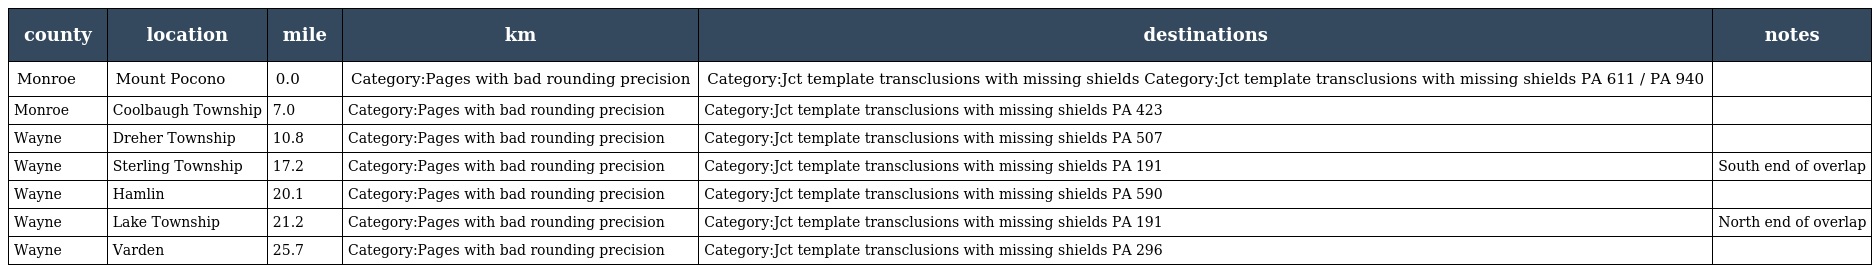
| county | location | mile | km | destinations | notes |
 | --- | --- | --- | --- | --- | --- |
 | Monroe | Mount Pocono | 0.0 | Category:Pages with bad rounding precision | Category:Jct template transclusions with missing shields Category:Jct template transclusions with missing shields PA 611 / PA 940 |  |
 | Monroe | Coolbaugh Township | 7.0 | Category:Pages with bad rounding precision | Category:Jct template transclusions with missing shields PA 423 |  |
 | Wayne | Dreher Township | 10.8 | Category:Pages with bad rounding precision | Category:Jct template transclusions with missing shields PA 507 |  |
 | Wayne | Sterling Township | 17.2 | Category:Pages with bad rounding precision | Category:Jct template transclusions with missing shields PA 191 | South end of overlap |
 | Wayne | Hamlin | 20.1 | Category:Pages with bad rounding precision | Category:Jct template transclusions with missing shields PA 590 |  |
 | Wayne | Lake Township | 21.2 | Category:Pages with bad rounding precision | Category:Jct template transclusions with missing shields PA 191 | North end of overlap |
 | Wayne | Varden | 25.7 | Category:Pages with bad rounding precision | Category:Jct template transclusions with missing shields PA 296 |  |